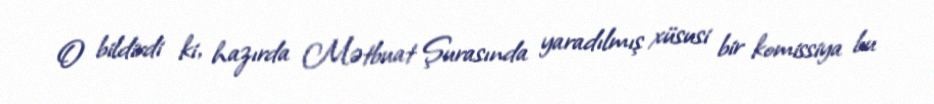
O bildirdi ki, hazırda Mətbuat Şurasında yaradılmış xüsusi bir komissiya bu